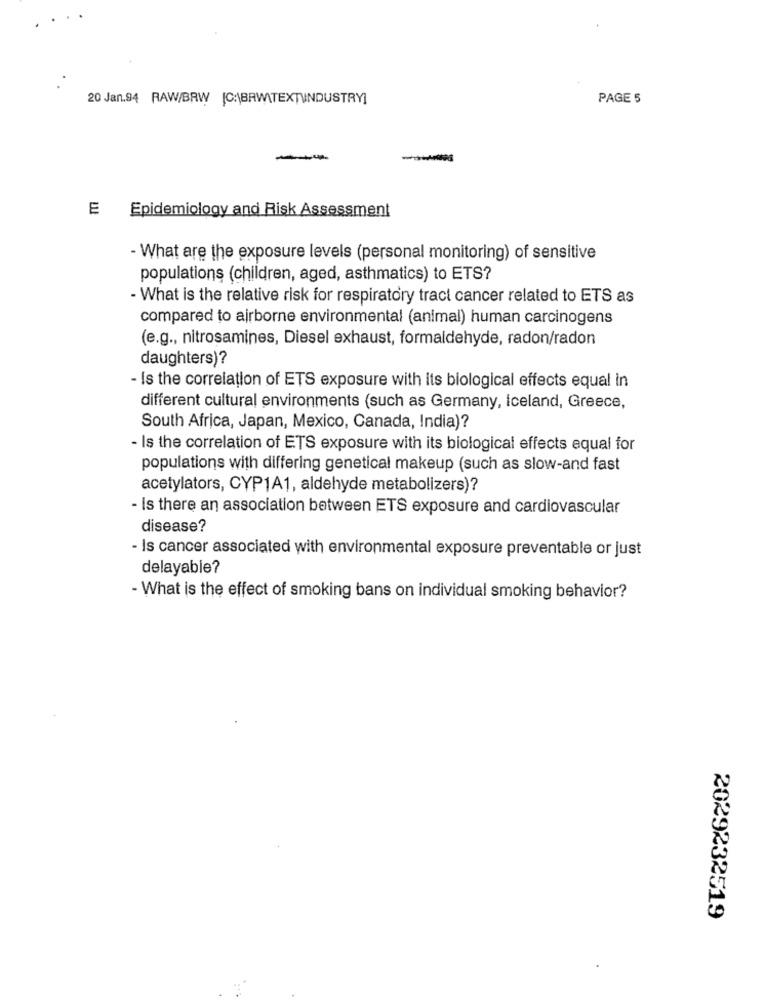
20 Jan.94 RAW/BRW [C:\BAWITEXTUINDUSTRY]
PAGE 5
E Epidemiology and Risk Assessment
- What are the exposure levels (personal monitoring) of sensitive
populations (children, aged, asthmatics) to ETS?
- What is the relative risk for respiratory tract cancer related to ETS as
compared to airborne environmental (animal) human carcinogens
(e.g ., nitrosamines, Diesel exhaust, formaldehyde, radon/radon
daughters)?
- Is the correlation of ETS exposure with its biological effects equal in
different cultural environments (such as Germany, Iceland, Greece,
South Africa, Japan, Mexico, Canada, India)?
- Is the correlation of ETS exposure with its biological effects equal for
populations with differing genetical makeup (such as slow-and fast
acetylators, CYP1A1, aldehyde metabolizers)?
- Is there an association between ETS exposure and cardiovascular
disease?
- Is cancer associated with environmental exposure preventable or just
delayable?
- What is the effect of smoking bans on individual smoking behavior?
2029232519